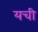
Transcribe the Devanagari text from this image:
यची